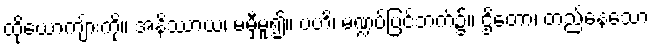
ထိုယောကျ်ားကို။ အနိဿာယ၊ မမှီမူ၍။ ဗဟိ၊ မဏ္ဍပ်ပြင်ဘက်၌။ ဌိတော၊ တည်နေသော